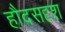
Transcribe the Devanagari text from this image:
हौदसदृश